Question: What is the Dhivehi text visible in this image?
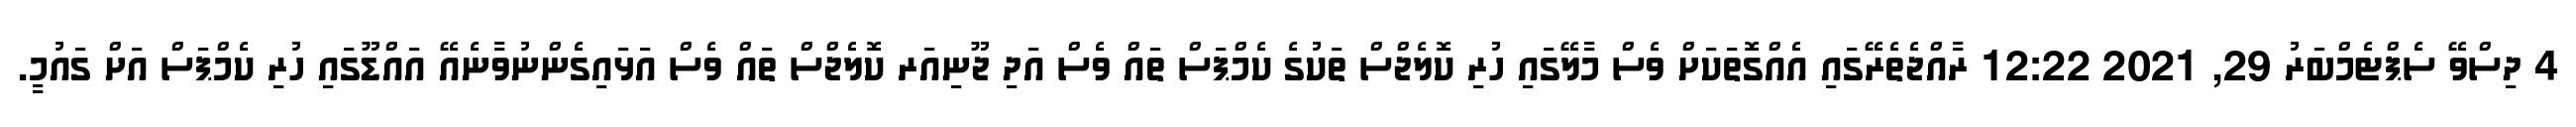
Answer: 4 ދިސްވޭ ސެޕްޓެމްބަރު 29, 2021 12:22 ރާއްޖެތެރޭގައި އެއްގޮތަކަށް ވެސް މާލޭގައި ހުރި ކޮލެޖްސް ތަކުގެ ކެމްޕަސް ތައް ވެސް އަދި ޖޫނިއަރ ކޮލެޖްސް ތައް ވެސް އަޅައިގެންނުވާނެއޭ އައްޑޫގައި ހުރި ކެމްޕަސް އަށް ގައުމީ.